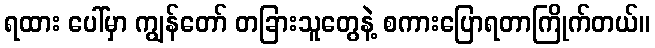
ရထား ပေါ်မှာ ကျွန်တော် တခြားသူတွေနဲ့ စကားပြောရတာကြိုက်တယ်။